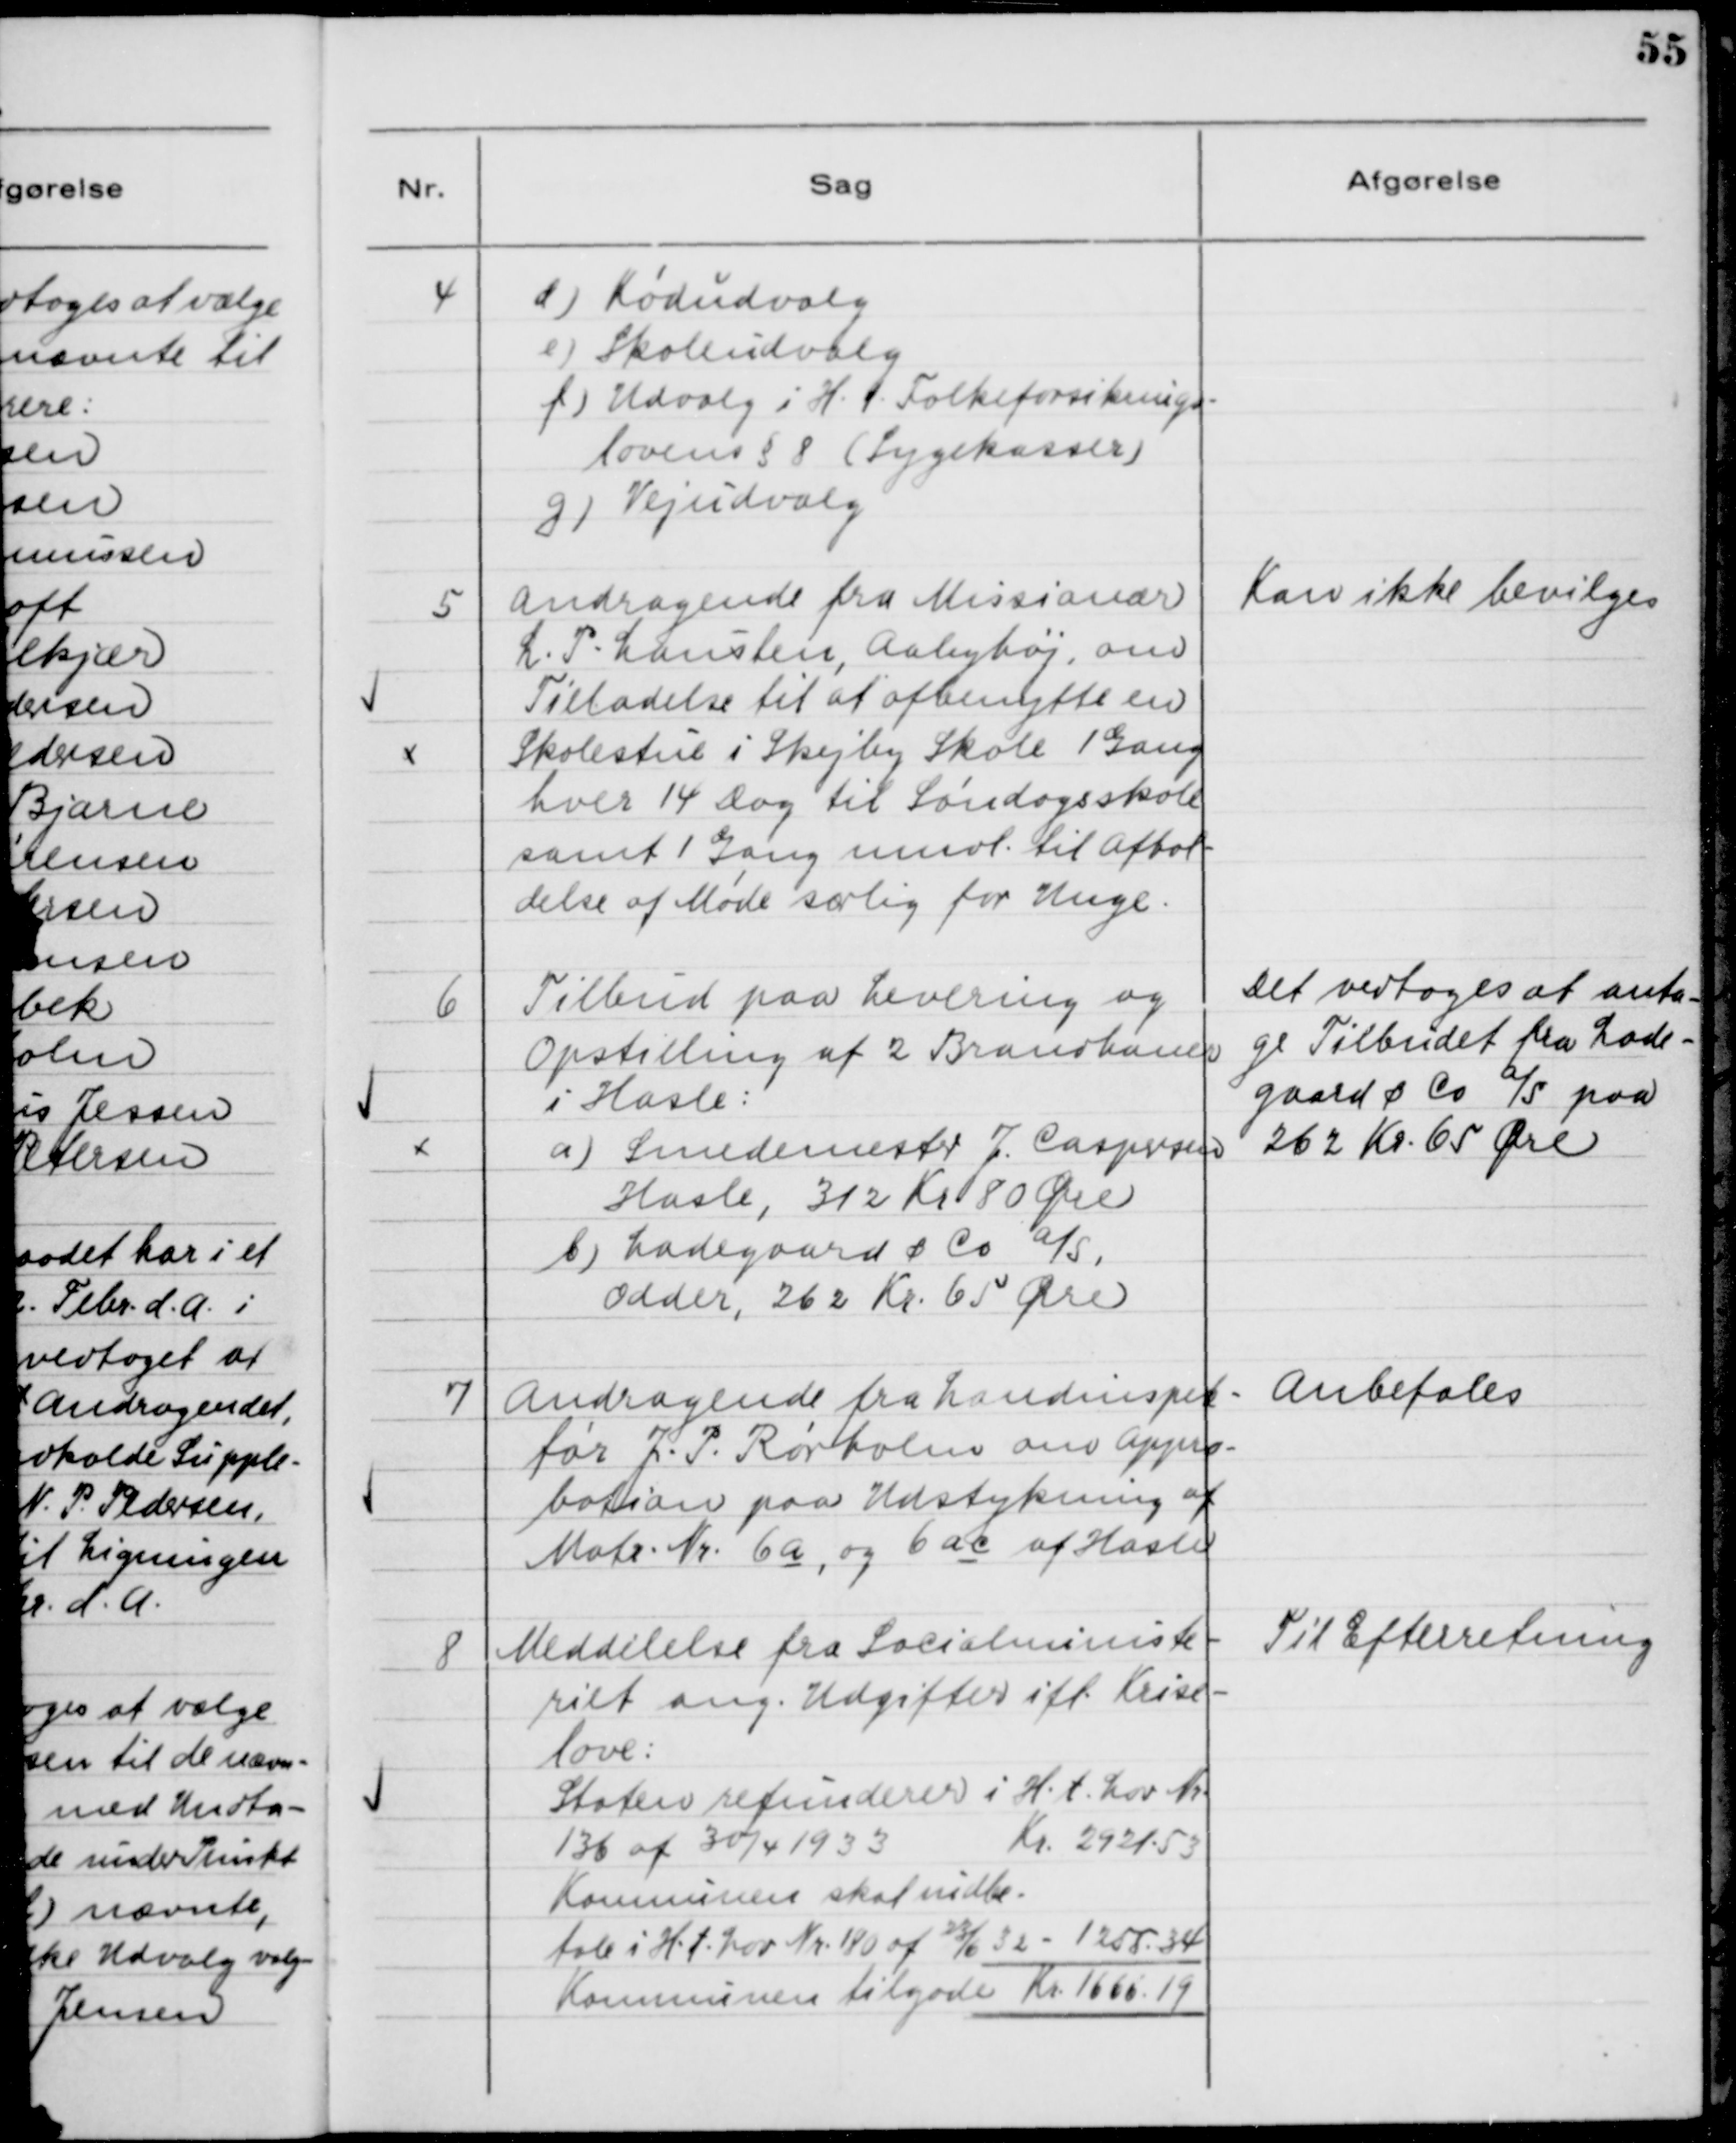
Transskription:
4

d) Kødudvalg
e) Skoleudvalg
f) Udvalg i H.t. Folkeforsikrings-
lovens §8 (Sygekasser)
g) Vejudvalg

5

Andragende fra Missionær
L. P. Lausten, Aabyhøj, om
Tilladelse til at afbenytte en
Skolestue i Skejby Skole 1 Gang
hver 14 Dag til Søndagsskole
samt 1 Gang mndl. til Afhol-
delse af Møde særlig for Unge.

Kan ikke bevilges

6

Tilbud paa Levering og
Opstilling af 2 Brandhaner
i Hasle:
a) Smedemester J. Caspersen
Hasle, 312 Kr. 80 Øre
b) Ladegaard & Co. A/S,
Odder, 262 Kr. 65 Øre

Det vedtoges at anta-
ge Tilbudet fra Lade-
gaard & Co. A/S paa
262 Kr. 65 Øre

7

Andragende fra Landinspek-
tør J. P. Rørholm om Appro-
bation paa Udstykning af
Matr. Nr. 6a, 6 ac af Hasle

Anbefales

8

Meddelelse fra Socialministe-
riet ang. Udgifter ifl. Krise-
love:
Staten refunderer i H.t. Lov Nr.
136 af 30/4 1933 Kr. 2921.53
Kommunen skal indbe-
tale i H.t. Lov Nr. 180 af 23/6 32 - 1255.34
Kommunen tilgode Kr. 1665.19

Til Efterretning